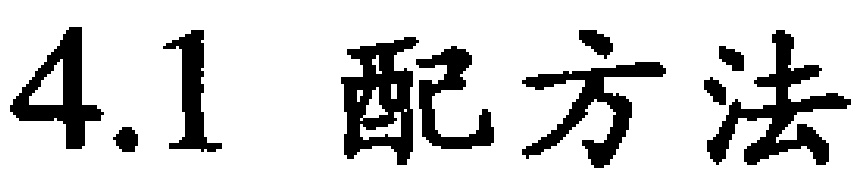
$4.1\ 配方法$